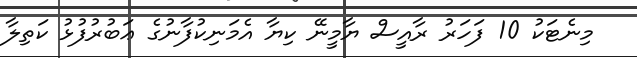
މިނެޓަކު 10 ފަހަރު ރާއީސް ޔާމީނޭ ކިޔާ އެމަނިކުފާނުގެ ޢަބުރުފުޅު ކަތިލާ